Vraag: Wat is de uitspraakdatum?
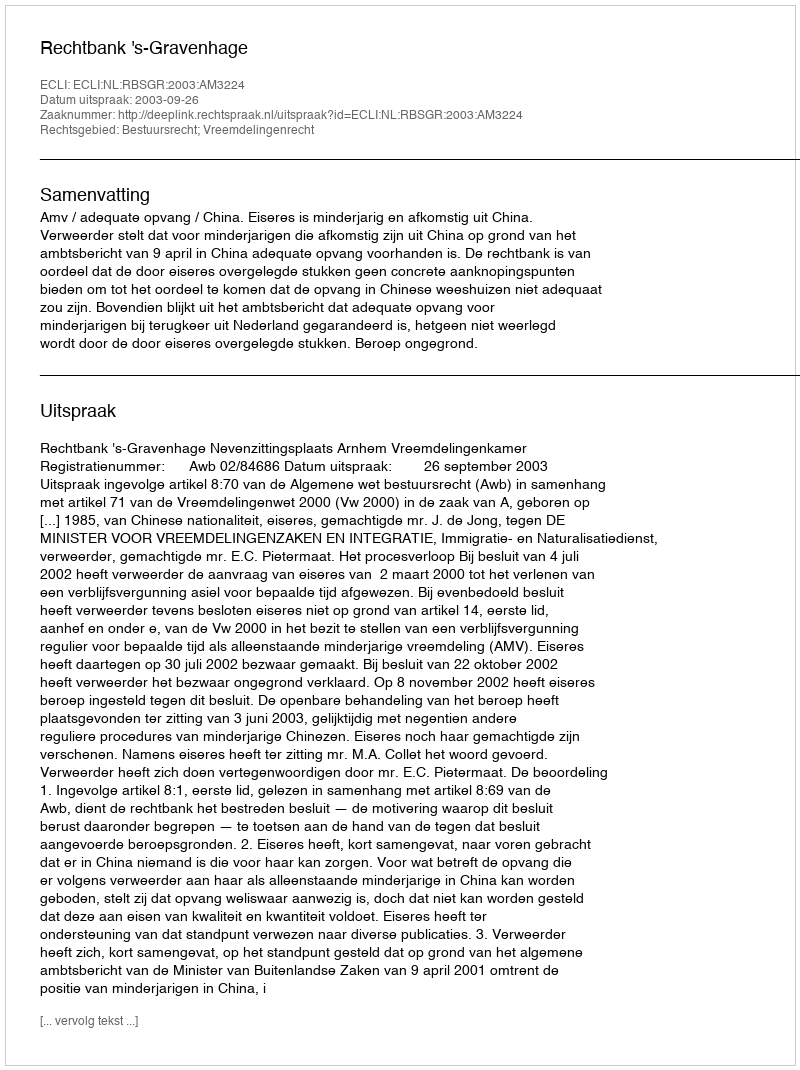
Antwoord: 2003-09-26